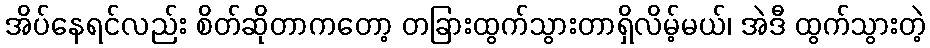
အိပ်နေရင်လည်း စိတ်ဆိုတာကတော့ တခြားထွက်သွားတာရှိလိမ့်မယ်၊ အဲဒီ ထွက်သွားတဲ့